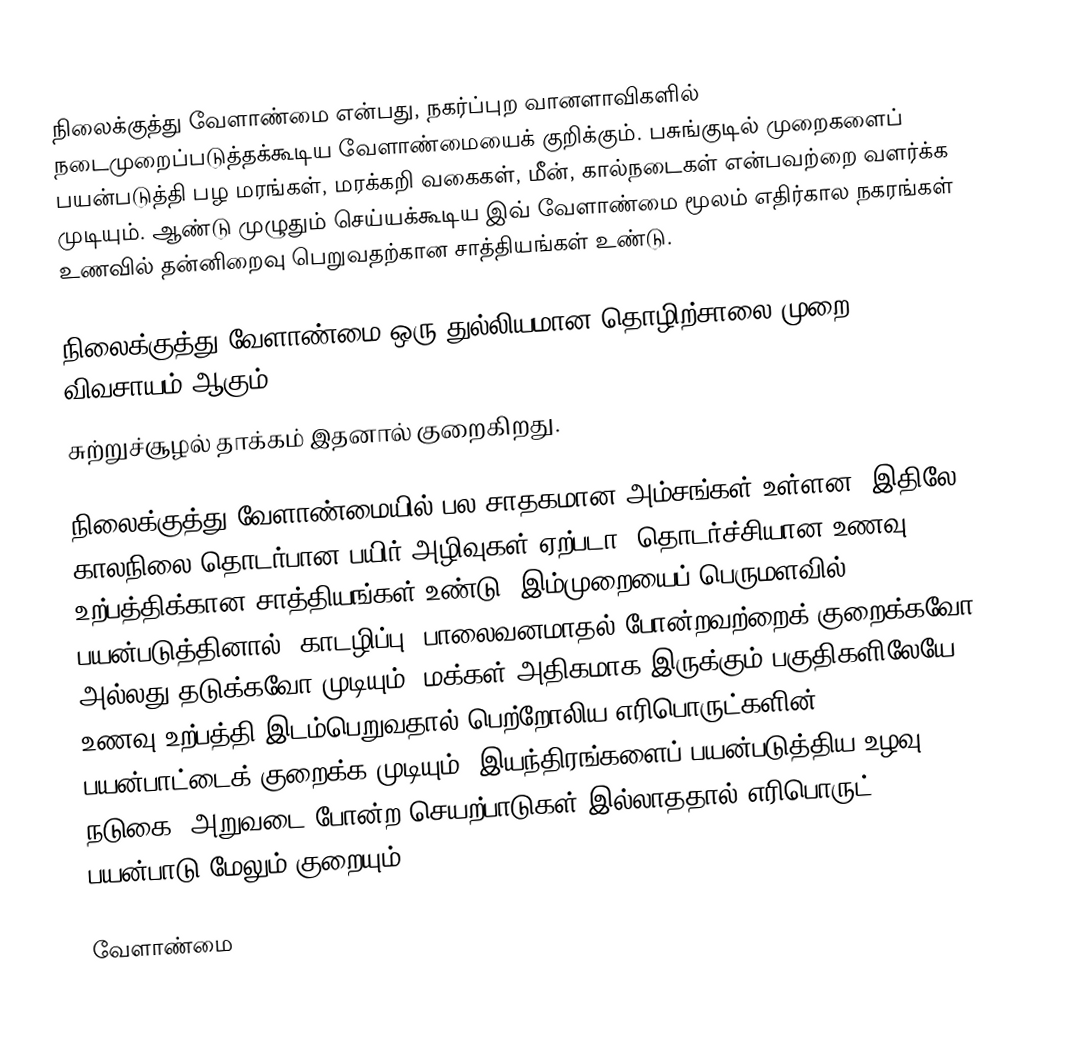
நிலைக்குத்து வேளாண்மை என்பது, நகர்ப்புற வானளாவிகளில் நடைமுறைப்படுத்தக்கூடிய வேளாண்மையைக் குறிக்கும். பசுங்குடில் முறைகளைப் பயன்படுத்தி பழ மரங்கள், மரக்கறி வகைகள், மீன், கால்நடைகள் என்பவற்றை வளர்க்க முடியும். ஆண்டு முழுதும் செய்யக்கூடிய இவ் வேளாண்மை மூலம் எதிர்கால நகரங்கள் உணவில் தன்னிறைவு பெறுவதற்கான சாத்தியங்கள் உண்டு.

நிலைக்குத்து வேளாண்மை ஒரு துல்லியமான தொழிற்சாலை முறை விவசாயம் ஆகும்.
சுற்றுச்சூழல் தாக்கம் இதனால் குறைகிறது.

நிலைக்குத்து வேளாண்மையில் பல சாதகமான அம்சங்கள் உள்ளன. இதிலே காலநிலை தொடர்பான பயிர் அழிவுகள் ஏற்படா. தொடர்ச்சியான உணவு உற்பத்திக்கான சாத்தியங்கள் உண்டு. இம்முறையைப் பெருமளவில் பயன்படுத்தினால், காடழிப்பு, பாலைவனமாதல் போன்றவற்றைக் குறைக்கவோ அல்லது தடுக்கவோ முடியும். மக்கள் அதிகமாக இருக்கும் பகுதிகளிலேயே உணவு உற்பத்தி இடம்பெறுவதால் பெற்றோலிய எரிபொருட்களின் பயன்பாட்டைக் குறைக்க முடியும். இயந்திரங்களைப் பயன்படுத்திய உழவு, நடுகை, அறுவடை போன்ற செயற்பாடுகள் இல்லாததால் எரிபொருட் பயன்பாடு மேலும் குறையும்.

வேளாண்மை